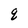
Character: q